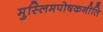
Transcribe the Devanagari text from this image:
मुस्लिमपोषकनीति